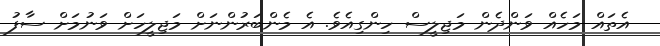
އެތައް މަހެއް ވަންދެން މަޖިލީސް ހިންގިއެވެ. އެ މެންބަރުންނަށް މަޖިލީހަށް ވަނުމަށް ސާފު